Vaccination report Assam 1874-1896 - 1874-1896
Year: 1874
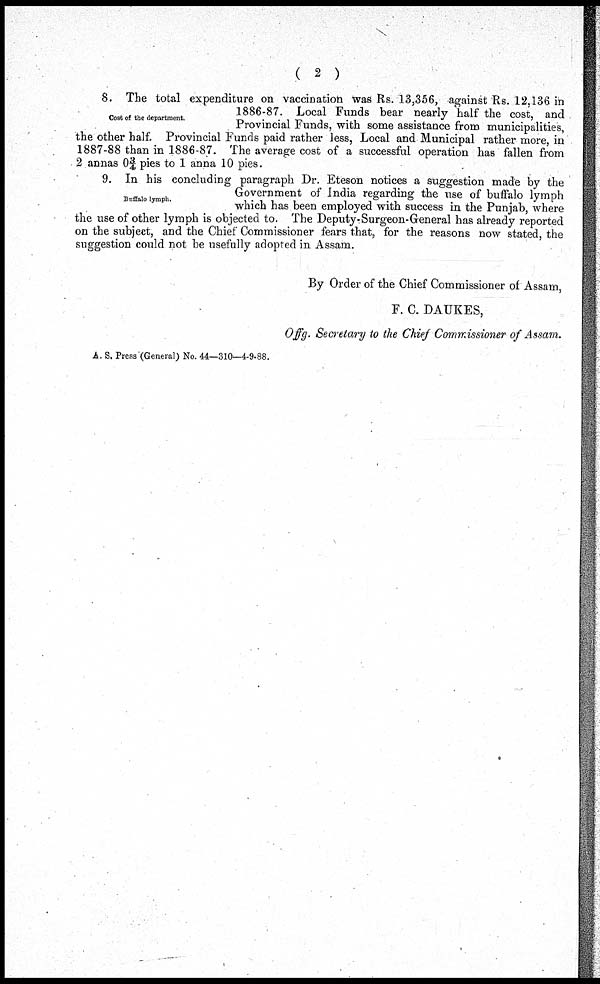
( 2 )
Cost of the department.
8. The total expenditure on vaccination was Rs. 13,356, against Rs. 12,136 in
1886-87. Local Funds bear nearly half the cost, and
Provincial Funds, with some assistance from municipalities,
the other half. Provincial Funds paid rather less, Local and Municipal rather more, in
1887-88 than in 1886-87. The average cost of a successful operation has fallen from
2 annas 0¾ pies to 1 anna 10 pies.
Buffalo lymph.
9. In his concluding paragraph Dr. Eteson notices a suggestion made by the
Government of India regarding the use of buffalo lymph
which has been employed with success in the Punjab, where
the use of other lymph is objected to. The Deputy- Surgeon-General has already reported
on the subject, and the Chief Commissioner fears that, for the reasons now stated, the
suggestion could not be usefully adopted in Assam.
By Order of the Chief Commissioner of Assam,
F. C. DAUKES,
Offg. Secretary to the Chief Commissioner of Assam.
A. S. Press (General) No. 44—310—4-9-88.